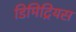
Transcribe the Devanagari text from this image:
डिमिट्रियस